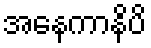
အနေကာနိပိ